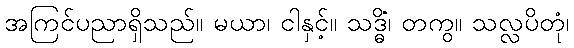
အကြင်ပညာရှိသည်။ မယာ၊ ငါနှင့်။ သဒ္ဓိံ၊ တကွ။ သလ္လပိတုံ၊